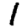
Digit: 1